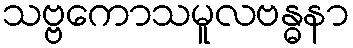
သဗ္ဗကောသမူလဗန္ဓနာ